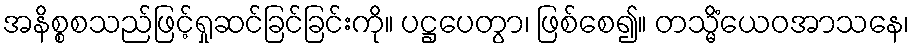
အနိစ္စစသည်ဖြင့်ရှုဆင်ခြင်ခြင်းကို။ ပဋ္ဌပေတွာ၊ ဖြစ်စေ၍။ တသ္မိံယေဝအာသနေ၊